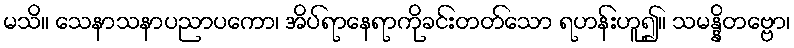
မသိ။ သေနာသနာပညာပကော၊ အိပ်ရာနေရာကိုခင်းတတ်သော ရဟန်းဟူ၍။ သမန္နိတဗ္ဗော၊